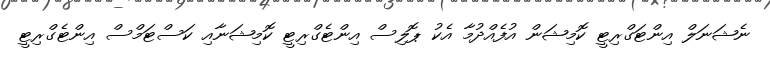
ނެޝަނަލް އިންޓަގްރިޓީ ކޮމިޝަން އުފެއްދުމާ އެކު ޕޮލިސް އިންޓެގްރިޓީ ކޮމިޝަނާއި ކަސްޓަމްސް އިންޓެގްރިޓީ